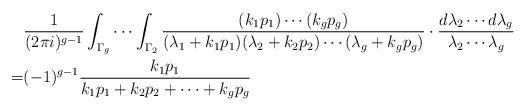
LaTeX: \begin{align*}&\frac{1}{(2 \pi i)^{g-1}} \int_{\Gamma_g} \cdots \int_{\Gamma_2}\frac{(k_1 p_1) \cdots (k_g p_g)}{(\lambda_1 + k_1 p_1) (\lambda_2 + k_2 p_2) \cdots (\lambda_g + k_g p_g)}\cdot \frac{d\lambda_2 \cdots d\lambda_g}{\lambda_2 \cdots \lambda_g}\\= & (-1)^{g-1} \frac{k_1 p_1}{k_1 p_1 + k_2 p_2 + \cdots + k_g p_g}\end{align*}